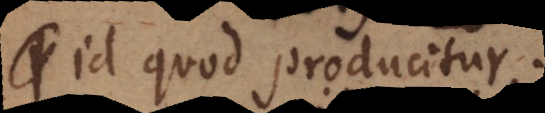
id quod producitur.